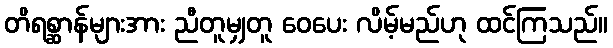
တိရစ္ဆာန်များအား ညီတူမျှတူ ဝေပေး လိမ့်မည်ဟု ထင်ကြသည်။